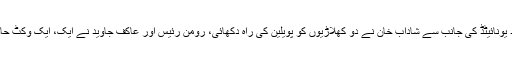
اسلام آباد یونائیٹڈ کی جانب سے شاداب خان نے دو کھلاڑیوں کو پویلین کی راہ دکھائی، رومن رئیس اور عاکف جاوید نے ایک، ایک وکٹ حاصل کی۔